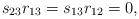
\begin{align*}s_{23}r_{13} = s_{13}r_{12} = 0,\end{align*}